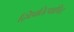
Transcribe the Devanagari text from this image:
द्विप्रतिस्थापित